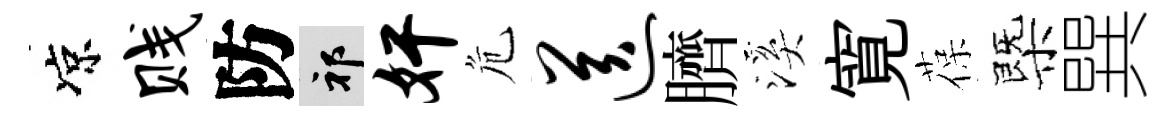
凉贱防祁奸危送臍溪寛葆㮣巽